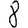
Digit: 8